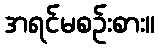
အရင်မစဉ်းစား။